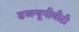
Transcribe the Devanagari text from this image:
डब्ल्यूपीबीटी